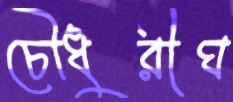
চৌধুরীঘ